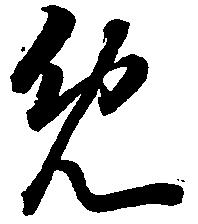
免